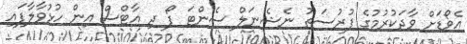
އެވޯޑަށް ވާދަކުރުމުގެ ފުރުސަތު ނެޝެނަލް ސެންޓަ ފޯ ދި އާޓްސް އިން ހުޅުވާލާފައި